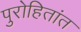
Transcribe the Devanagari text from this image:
पुरोहितांत